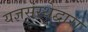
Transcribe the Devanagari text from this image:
यज्ञसंस्थेद्वारा